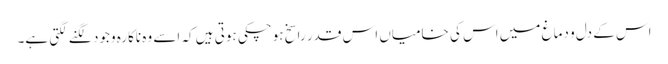
اس کے دل و دماغ میں اس کی خامیاں اس قدر راسخ ہوچکی ہوتی ہیں کہ اسے وہ ناکارہ وجود لگنے لگتی ہے۔